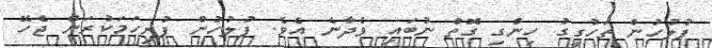
ފުލުހުން ތަހުގީގު ހިންގި ގޮތް ނުބައި ވެދާނެ އެވެ. ފުލުހުން ފުރިހަމަކުރަން ޖެހޭ